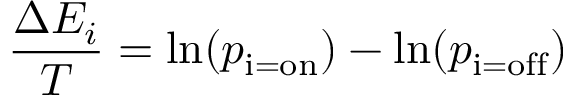
{ \frac { \Delta E _ { i } } { T } } = \ln ( p _ { \mathrm { i = o n } } ) - \ln ( p _ { \mathrm { i = o f f } } )